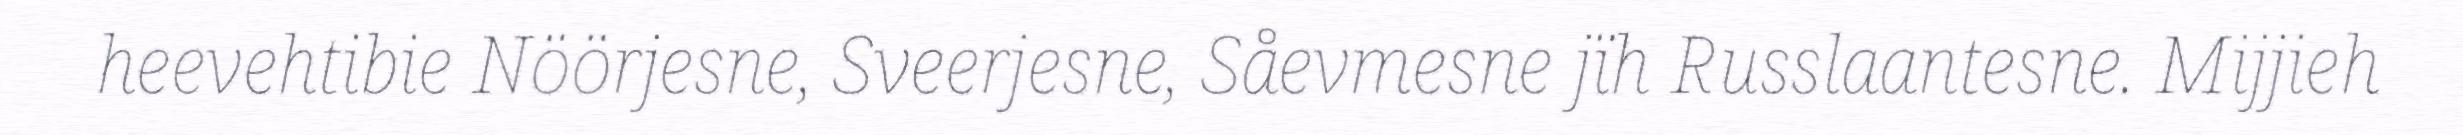
heevehtibie Nöörjesne, Sveerjesne, Såevmesne jïh Russlaantesne. Mijjieh